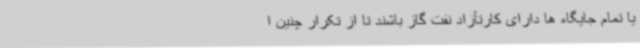
یا تمام جایگاه ها دارای کارتآزاد نفت گاز باشند تا از تکرار چنین ا